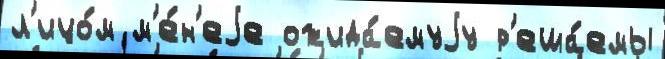
л'ицо́м м'е́н'еjе ожида́емуjу р'еша́емы